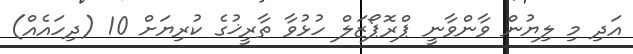
އަދި މި ލިޔުން ވާންވާނީ ޕްރޮޕޯޒަލް ހުޅުވާ ތާރީޚުގެ ކުރިޔަށް 10 (ދިހައެއް)